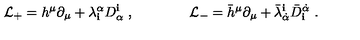
{ \mathcal L } _ { + } = h ^ { \mu } \partial _ { \mu } + \lambda _ { \mathbf i } ^ { \alpha } D _ { \alpha } ^ { \mathbf i } \ , \qquad \qquad { \mathcal L } _ { - } = { \bar { h } } ^ { \mu } \partial _ { \mu } + { \bar { \lambda } } _ { \dot { \alpha } } ^ { \mathbf i } { \bar { D } } _ { \mathbf i } ^ { \dot { \alpha } } \ .